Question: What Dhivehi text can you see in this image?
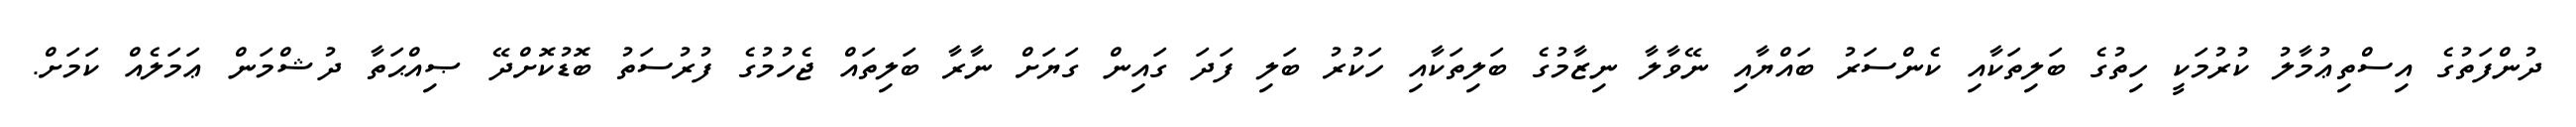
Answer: ދުންފަތުގެ އިސްތިޢުމާލު ކުރުމަކީ ހިތުގެ ބަލިތަކާއި ކެންސަރު ބައްޔާއި ނޭވާލާ ނިޒާމުގެ ބަލިތަކާއި ހަކުރު ބަލި ފަދަ ގައިން ގަޔަށް ނާރާ ބަލިތައް ޖެހުމުގެ ފުރުސަތު ބޮޑުކޮށްދޭ ޞިއްޙަތާ ދުޝްމަން ޢަމަލެއް ކަމަށް.